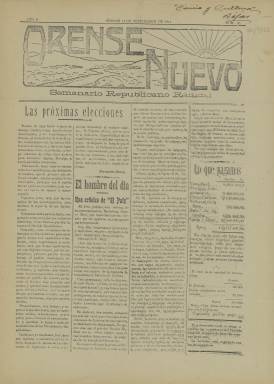
Título: Orense nuevo
Colección: Periódicos
Ámbito geográfico: Orense
Lugar de publicación: Orense
Fechas: 17/09/1911-17/09/1911